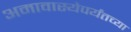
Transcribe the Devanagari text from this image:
अमावास्येपर्यंतच्या